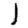
Digit: 1